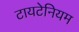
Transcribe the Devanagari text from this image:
टायटेनियम